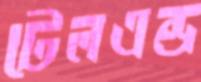
টেলএন্ড